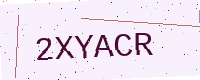
Text: 2XYACR